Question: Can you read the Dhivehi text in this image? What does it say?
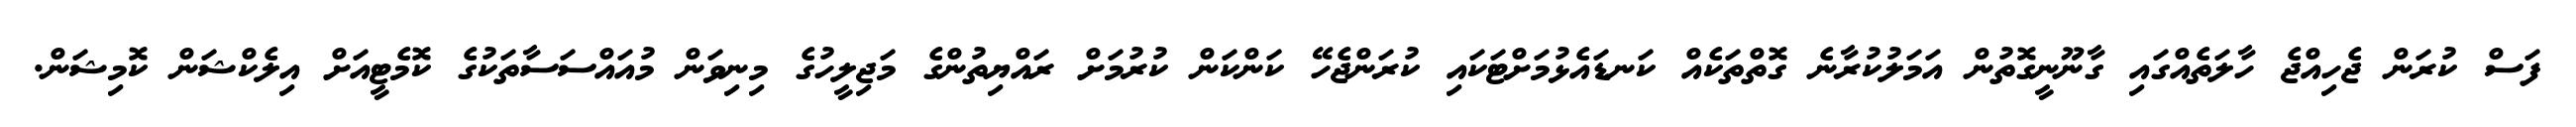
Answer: ފަސް ކުރަން ޖެހިއްޖެ ހާލަތެއްގައި ގާނޫނީގޮތުން އަމަލުކުރާނެ ގޮތްތަކެއް ކަނޑައެޅުމަށްޓަކައި ކުރަންޖެހޭ ކަންކަން ކުރުމަށް ރައްޔިތުންގެ މަޖިލީހުގެ މިނިވަން މުއައްސަސާތަކުގެ ކޮމެޓީއަށް އިލެކްޝަން ކޮމިޝަން.